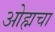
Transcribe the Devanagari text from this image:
ओह्मचा